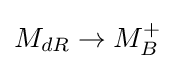
M_{dR}\to M_{B}^{+}